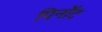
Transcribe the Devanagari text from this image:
पिनॉट